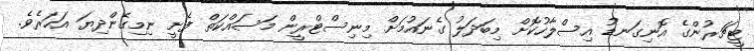
ޓީޗަރުންގެ އޮނިގަނޑު އިސްލާހުކޮށް މިބަދަލު ގެނައުމަށް މިނިސްޓްރީން މަސައްކަތް ފެށީ ނިމިގެންދިޔަ އަހަރެވެ.